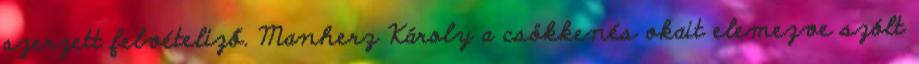
szerzett felvételiző. Manherz Károly a csökkenés okait elemezve szólt